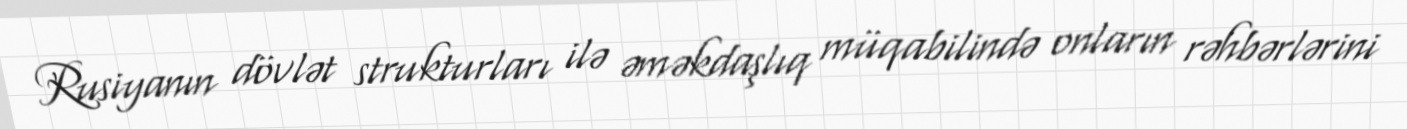
Rusiyanın dövlət strukturları ilə əməkdaşlıq müqabilində onların rəhbərlərini